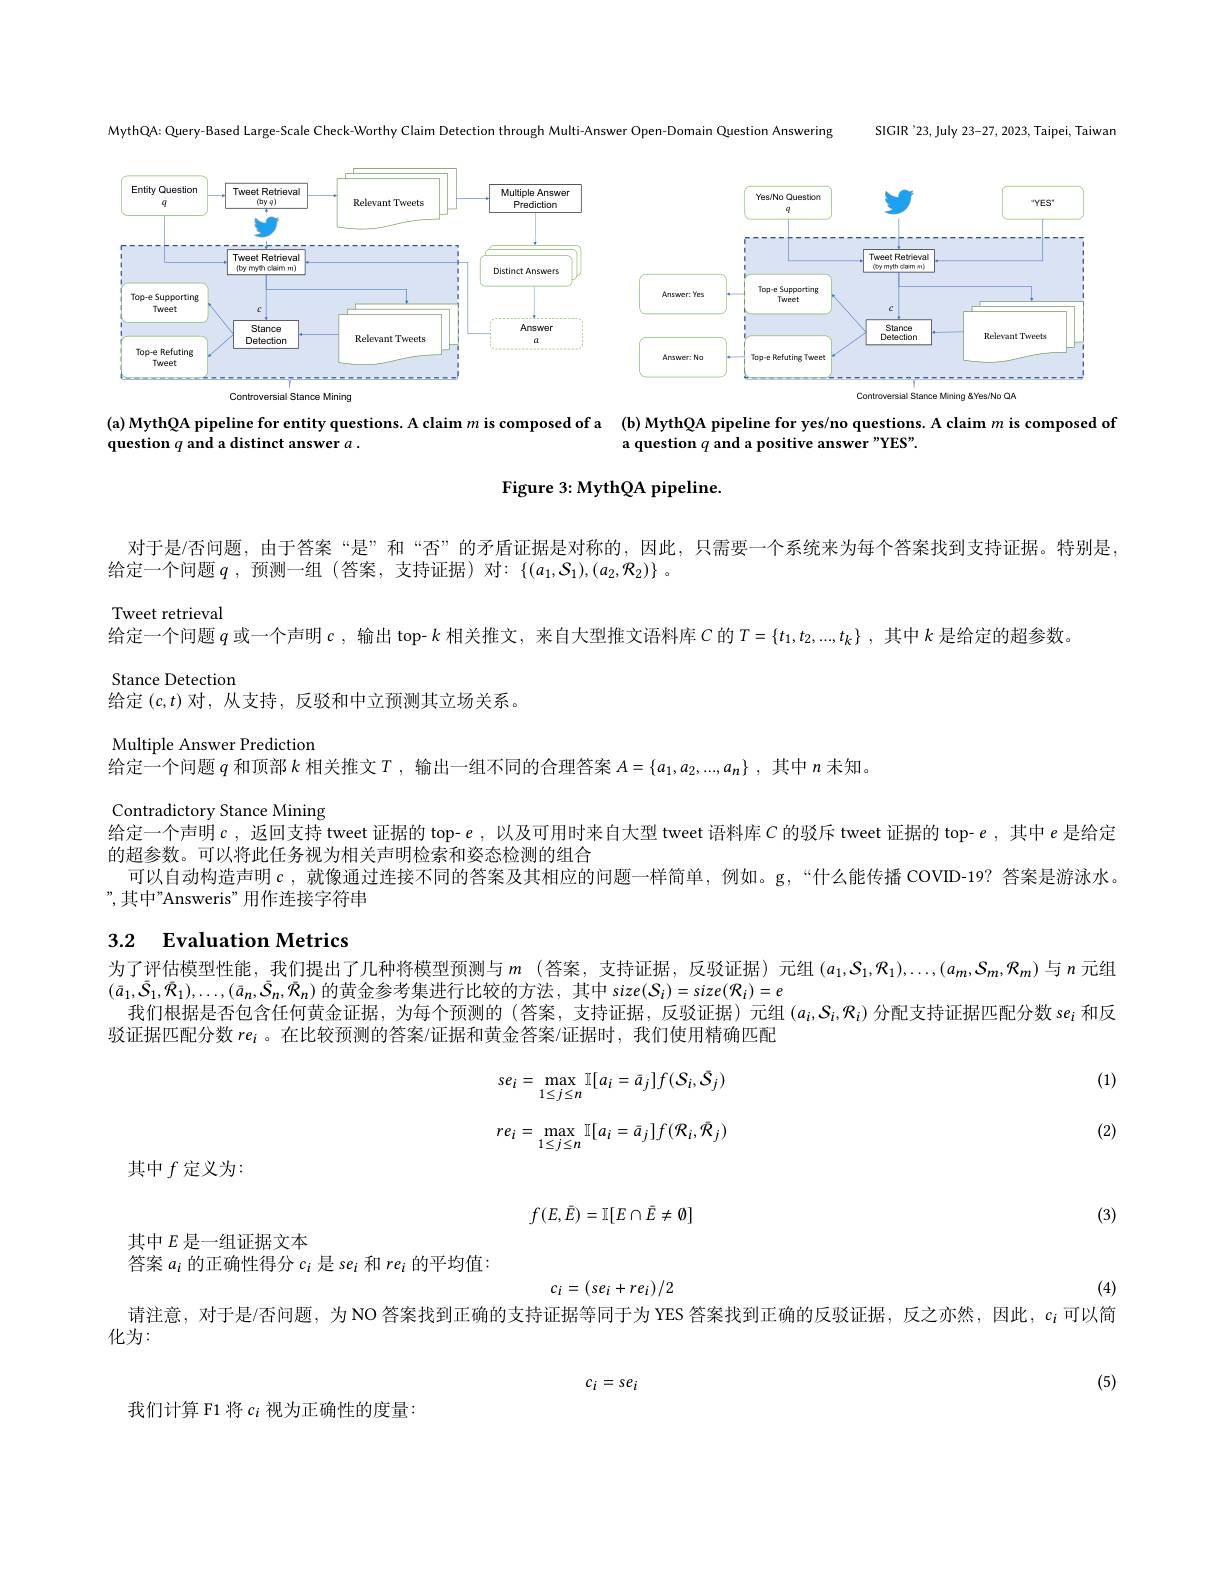
SIGIR '23, July 23-27, 2023, Taipei, Taiwan

MythQA: Query-Based Large-Scale Check-Worthy Claim Detection through Multi-Answer Open-Domain Question Answering

<FigureHere>

(a) MythQA pipeline for entity questions. A claim $m$ is composed of a (b) MythQA pipeline for yes/no questions. A claim $m$ is composed of
question $q$ and a distinct answer $a.$

a question $q$ and a positive answer "YES".

${\mathrm{Figure~3:MythQA~pipeline.}}$

对于是/否问题，由于答案“是”和“否”的矛盾证据是对称的，因此，只需要一个系统来为每个答案找到支持证据。特别是
给定一个问题$q$ ,预测一组 (答案，支持证据)对：$\{(a_1,\mathcal{S}_1),(a_2,\mathcal{R}_2)\}$ 。

Tweet retrieval
给定一个问题$q$或一个声明$c$ ,输出 top- $k$相关推文，来自大型推文语料库$C$的$T=\{t_1,t_2,...,t_k\}$ ,其中$k$是给定的超参数
Stance Detection
给定$(c,t)$对，从支持，反驳和中立预测其立场关系。

Multiple Answer Prediction

给定一个问题$q$和顶部$k$相关推文$T$ ,输出一组不同的合理答案$A=\{a_1,a_2,...,a_n\}$ ,其中$n$未知。
Contradictory Stance Mining
给定一个声明$c$,返回支持 tweet 证据的 top- $e$,以及可用时来自大型 tweet 语料库$C$的驳斥 tweet 证据的 top- $e$,其中$e$是给定
的超参数。可以将此任务视为相关声明检索和姿态检测的组合
可以自动构造声明$c$ ,就像通过连接不同的答案及其相应的问题一样简单，例如。g,“什么能传播 COVID-19? 答案是游泳水。
”,其中”Answeris”用作连接字符串

# 3.2 Evaluation Metrics

为了评估模型性能，我们提出了几种将模型预测与$m$ (答案，支持证据，反驳证据)元组$(a_1,S_1,\mathcal{R}_1),\ldots,(a_m,\mathcal{S}_m,\mathcal{R}_m)$与$n$元组
$(\bar{a}_{1},\bar{S}_{1},\bar{R}_{1}),\ldots,(\bar{a}_{n},\bar{S}_{n},\bar{R}_{n})$的黄金参考集进行比较的方法，其中 size$(S_{i})=size(\mathcal{R}_{i})=e$
我们根据是否包含任何黄金证据，为每个预测的(答案，支持证据，反驳证据)元组$(a_i,S_i,\mathcal{R}_i)$分配支持证据匹配分数 se$_i$和反
驳证据匹配分数$re_i$ 。在比较预测的答案/证据和黄金答案/证据时，我们使用精确匹配

(1)
$$se_{i}=\max_{1\leq j\leq n}\mathbb{I}[a_{i}=\bar{a}_{j}]f(S_{i},\bar{S}_{j})\\re_{i}=\max_{1\leq j\leq n}\mathbb{I}[a_{i}=\bar{a}_{j}]f(\mathcal{R}_{i},\bar{\mathcal{R}}_{j})$$
(2)

其中$f$定义为：
$$f(E,\bar{E})=\mathbb{I}[E\cap\bar{E}\neq\emptyset]$$
(3)

其中$E$是一组证据文本
答案$a_i$的正确性得分$c_i$是 se$_i$和$re_i$的平均值：
$$c_i=(se_i+re_i)/2$$
(4)

请注意，对于是/否问题，为 NO 答案找到正确的支持证据等同于为 YES 答案找到正确的反驳证据，反之亦然，因此，$c_i$可以简
化为：

(5)
$$c_i=se_i$$
我们计算 F1 将$c_i$视为正确性的度量：